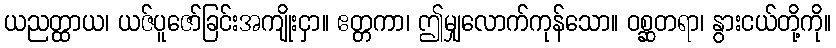
ယညတ္ထာယ၊ ယဇ်ပူဇော်ခြင်းအကျိုးငှာ။ ဧတ္တကာ၊ ဤမျှလောက်ကုန်သော။ ဝစ္ဆတရာ၊ နွားငယ်တို့ကို။